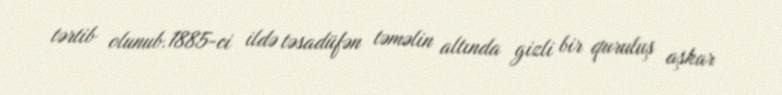
tərtib olunub.1885-ci ildə təsadüfən təməlin altında gizli bir quruluş aşkar